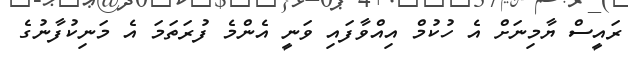
ރައީސް ޔާމިނަށް އެ ހުކުމް އިއްވާފައި ވަނީ އެންމެ ފުރަތަމަ އެ މަނިކުފާނުގެ